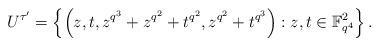
LaTeX: \begin{align*}U^{\tau'}= \left\{\left(z,t,z^{q^{3}}+z^{q^{2}}+t^{q^{2}},z^{q^{2}}+t^{q^{3}}\right) : z,t \in \mathbb{F}_{q^4}^2 \right\}.\end{align*}